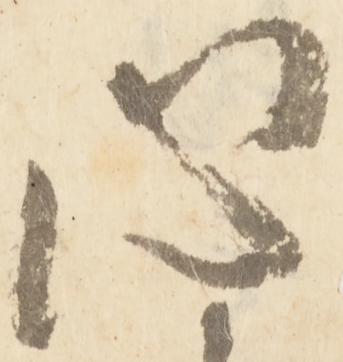
心